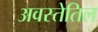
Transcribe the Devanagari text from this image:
अवस्तेतिल